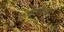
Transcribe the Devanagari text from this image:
प्रयत्‍नांमधून